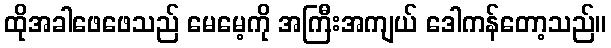
ထိုအခါဖေဖေသည် မေမေ့ကို အကြီးအကျယ် ဒေါကန်တော့သည်။